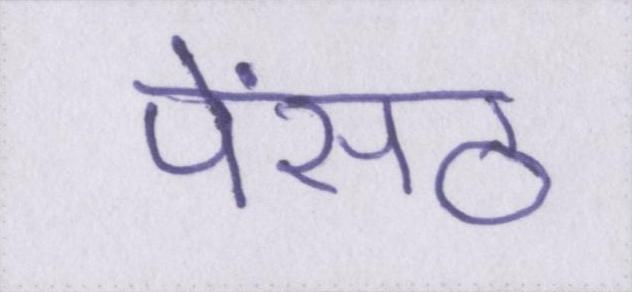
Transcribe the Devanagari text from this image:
पेंसठ